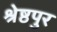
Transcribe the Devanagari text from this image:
श्रेष्ठपुर